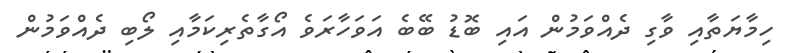
ހިމާޔަތާއި ވާގި ދެއްވަމުން އައި ބޮޑު ބޭބެ އަވަހާރަވެ އޯގާތެރިކަމާއި ލޯބި ދެއްވަމުން